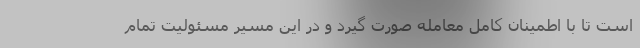
است تا با اطمینان کامل معامله صورت گیرد و در این مسیر مسئولیت تمام